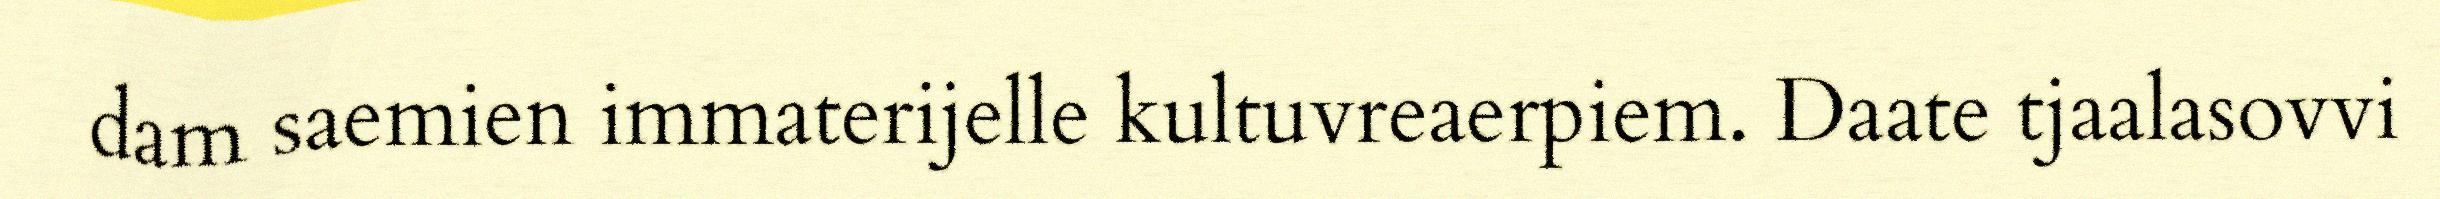
dam saemien immaterijelle kultuvreaerpiem. Daate tjaalasovvi